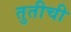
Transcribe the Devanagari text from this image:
तुतीची